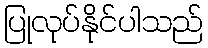
ပြုလုပ်နိုင်ပါသည်